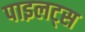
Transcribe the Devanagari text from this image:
पाइलट्स